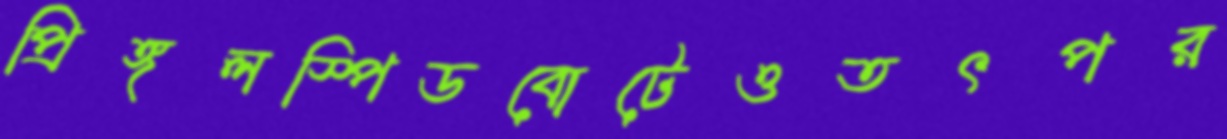
প্রিঙ্গলস্পিডবোটেওতৎপর